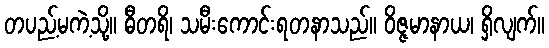
တပည့်မကဲ့သို့။ ဓီတရိ၊ သမီးကောင်းရတနာသည်။ ဝိဇ္ဇမာနာယ၊ ရှိလျက်။